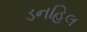
ડનહિલ